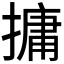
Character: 𪮧